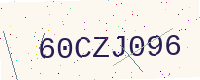
Text: 60CZJ096